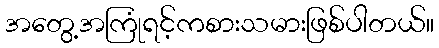
အတွေ့အကြုံရင့်ကစားသမားဖြစ်ပါတယ်။